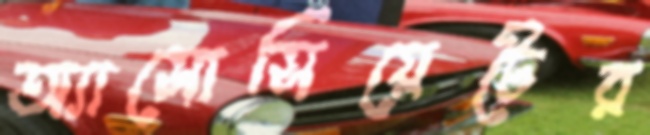
অ্যাসোসিয়েটের